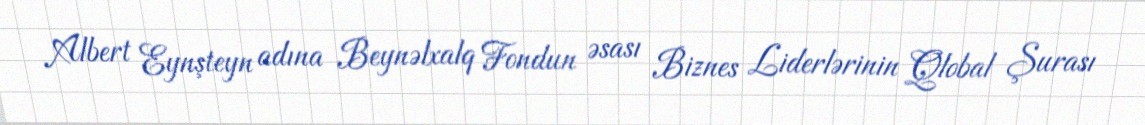
Albert Eynşteyn adına Beynəlxalq Fondun əsası Biznes Liderlərinin Qlobal Şurası